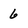
Character: 6